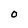
Character: 0